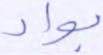
بواد